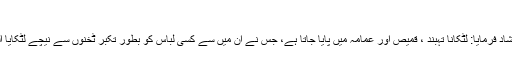
بخاری ۱۰/۲۱۸
حضرت عبد اللہ بن عمر ؓ روایت کرتے ہیں کہ نبی اکرم ﷺ نے ارشاد فرمایا: لٹکانا تہبند ، قمیص اور عمامہ میں پایا جاتا ہے، جس نے ان میں سے کسی لباس کو بطور تکبر ٹخنوں سے نیچے لٹکایا اللہ تعالیٰ قیامت کے دن اس کی جانب نظر رحمت نہیں فرمائے گا۔